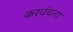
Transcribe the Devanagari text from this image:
करवंचना